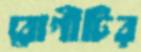
রোগীটির